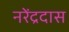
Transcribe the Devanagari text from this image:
नरेंद्रदास